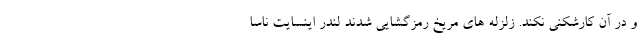
و در آن کارشکنی نکند. زلزله‌ های مریخ رمزگشایی شدند لندر اینسایت ناسا